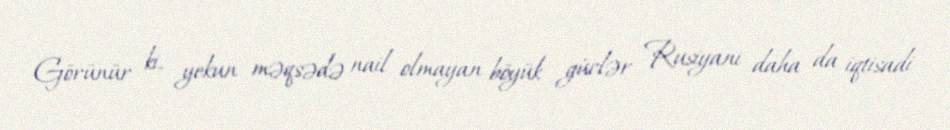
Görünür ki, yekun məqsədə nail olmayan böyük güclər Rusiyanı daha da iqtisadi